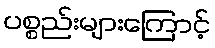
ပစ္စည်းများကြောင့်